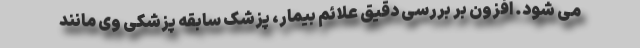
می شود. افزون بر بررسی دقیق علائم بیمار، پزشک سابقه پزشکی وی مانند